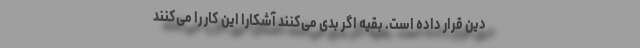
دین قرار داده است. بقیه اگر بدی می‌کنند آشکارا این کار را می‌کنند